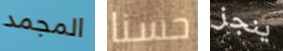
المجمد حسنا ينجز